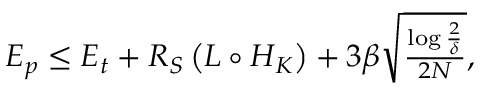
\begin{array} { r } { { \cal { E } } _ { p } \le { \cal { E } } _ { t } + { \cal { R } _ { { \cal { S } } } } \left( { \cal { L } } \circ { { \cal { H } } _ { K } } \right) + 3 \beta \sqrt { \frac { \log \frac { 2 } { \delta } } { 2 N } } , } \end{array}